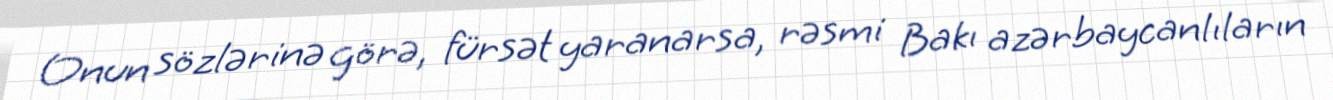
Onun sözlərinə görə, fürsət yaranarsa, rəsmi Bakı azərbaycanlıların